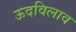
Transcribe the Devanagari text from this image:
ऊदविलाव